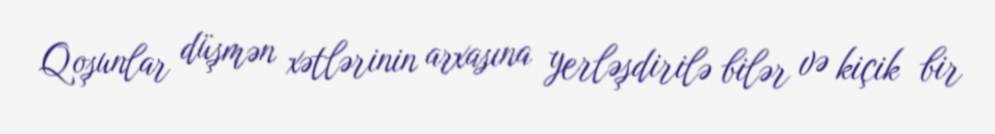
Qoşunlar düşmən xətlərinin arxasına yerləşdirilə bilər və kiçik bir